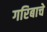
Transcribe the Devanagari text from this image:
गरिबाचे